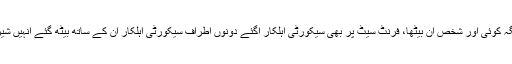
ان کی گاڑی کے دروازے کھلے ان کے ڈرائیور کی جگہ کوئی اور شخص آن بیٹھا، فرنٹ سیٹ پر بھی سیکورٹی اہلکار آگئے دونوں اطراف سیکورٹی اہلکار ان کے ساتھ بیٹھ گئے انہیں شیرپاؤ پل سے گزر کر اے این ایف کے دفتر پہنچا دیا گیا۔